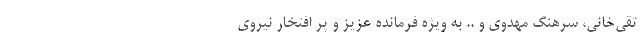
تقی‌خانی، سرهنگ مهدوی و .. به ویژه فرمانده عزیز و پر افتخار نیروی